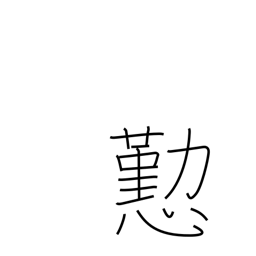
Meaning: courtesy